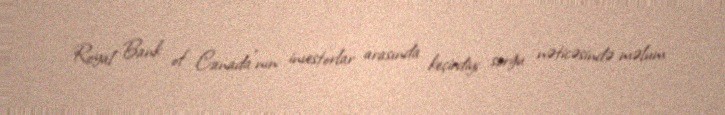
Royal Bank of Canada"nın investorlar arasında keçirdiyi sorğu nəticəsində məlum